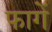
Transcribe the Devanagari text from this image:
फागें